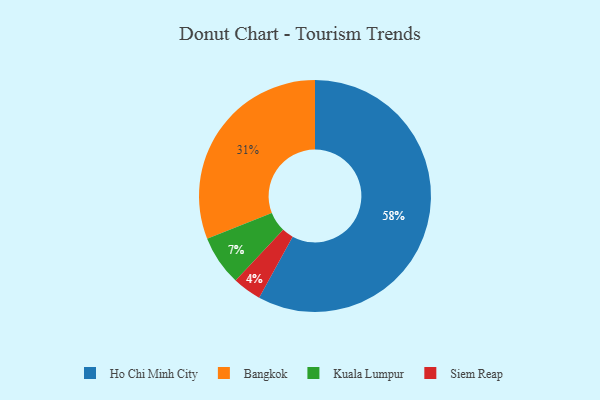
{"axis": {"x": "Category", "y": "Percentage"}, "legend": ["Bangkok", "Ho Chi Minh City", "Kuala Lumpur", "Siem Reap"], "data": [{"x": "Kuala Lumpur", "y": 7, "type": "Kuala Lumpur"}, {"x": "Siem Reap", "y": 4, "type": "Siem Reap"}, {"x": "Bangkok", "y": 31, "type": "Bangkok"}, {"x": "Ho Chi Minh City", "y": 58, "type": "Ho Chi Minh City"}]}